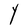
Character: Y